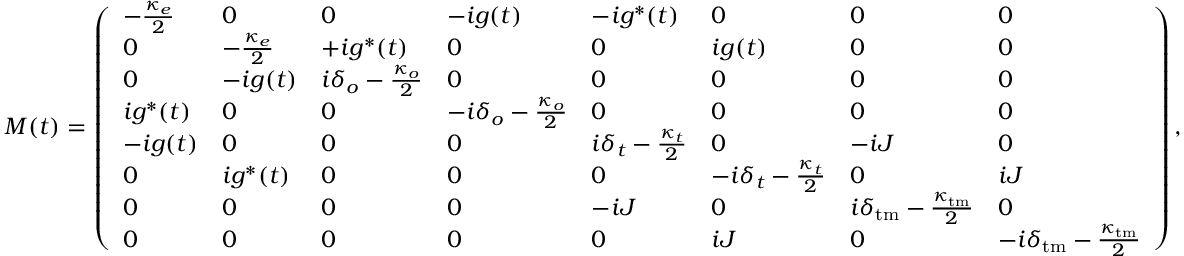
M ( t ) = \left( \begin{array} { l l l l l l l l } { - \frac { \kappa _ { e } } { 2 } } & { 0 } & { 0 } & { - i g ( t ) } & { - i g ^ { * } ( t ) } & { 0 } & { 0 } & { 0 } \\ { 0 } & { - \frac { \kappa _ { e } } { 2 } } & { + i g ^ { * } ( t ) } & { 0 } & { 0 } & { i g ( t ) } & { 0 } & { 0 } \\ { 0 } & { - i g ( t ) } & { i \delta _ { o } - \frac { \kappa _ { o } } { 2 } } & { 0 } & { 0 } & { 0 } & { 0 } & { 0 } \\ { i g ^ { * } ( t ) } & { 0 } & { 0 } & { - i \delta _ { o } - \frac { \kappa _ { o } } { 2 } } & { 0 } & { 0 } & { 0 } & { 0 } \\ { - i g ( t ) } & { 0 } & { 0 } & { 0 } & { i \delta _ { t } - \frac { \kappa _ { t } } { 2 } } & { 0 } & { - i J } & { 0 } \\ { 0 } & { i g ^ { * } ( t ) } & { 0 } & { 0 } & { 0 } & { - i \delta _ { t } - \frac { \kappa _ { t } } { 2 } } & { 0 } & { i J } \\ { 0 } & { 0 } & { 0 } & { 0 } & { - i J } & { 0 } & { i \delta _ { \mathrm { t m } } - \frac { \kappa _ { \mathrm { t m } } } { 2 } } & { 0 } \\ { 0 } & { 0 } & { 0 } & { 0 } & { 0 } & { i J } & { 0 } & { - i \delta _ { \mathrm { t m } } - \frac { \kappa _ { \mathrm { t m } } } { 2 } } \end{array} \right) ,